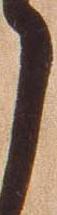
候